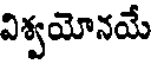
విశ్వయోనయే